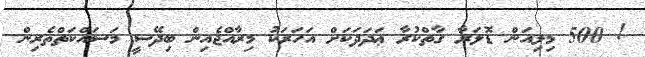
! 500 މިލިއަން ޑޮލަރާ ގާތްކުރާ ޢަދަދަކަށް އަހަރަކު މިރާއްޖެއިން ބިދޭސީ މަސައްކަތްތެރިން